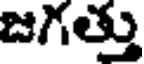
జగత్తు